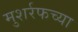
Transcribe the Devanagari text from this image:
मुशर्रफच्या